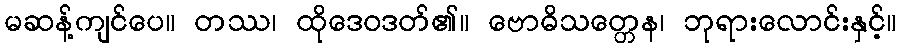
မဆန့်ကျင်ပေ။ တဿ၊ ထိုဒေဝဒတ်၏။ ဗောဓိသတ္တေန၊ ဘုရားလောင်းနှင့်။